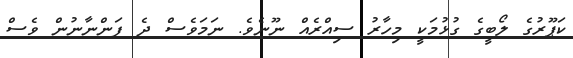
ކަޕޫރުގެ ލޯބީގެ ގުޅުމަކީ މިހާރު ސިއްރެއް ނޫނެވެ. ނަމަވެސް ދެ ފަންނާނުން ވެސް